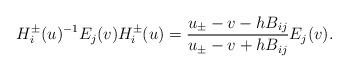
LaTeX: \begin{align*}H_{i}^{\pm}(u)^{-1}E_{j}(v)H_{i}^{\pm}(u)=\frac{u_{\pm}-v-hB_{ij}}{u_{\pm}-v+hB_{ij}}E_{j}(v).\end{align*}